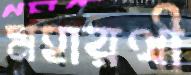
মহারথী